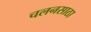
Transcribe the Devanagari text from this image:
चलनसाठा